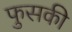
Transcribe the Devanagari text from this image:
फुसकी